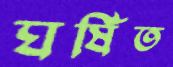
ঘর্ষিত